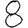
Digit: 8